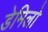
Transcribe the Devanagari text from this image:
डेमिलो